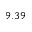
9 . 3 9